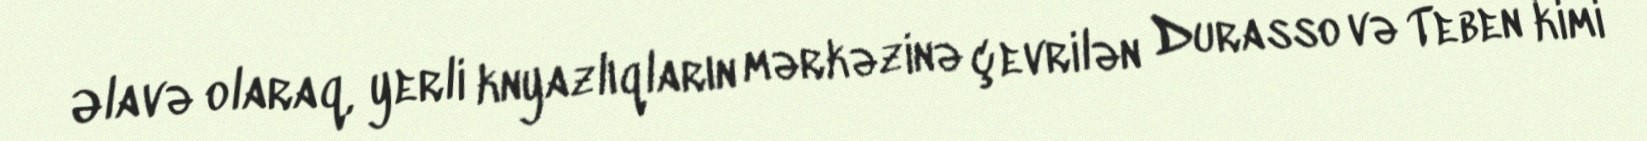
Əlavə olaraq, yerli knyazlıqların mərkəzinə çevrilən Durasso və Teben kimi